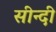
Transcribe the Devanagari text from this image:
सीन्दी